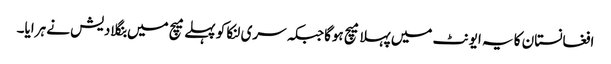
افغانستان کا یہ ایونٹ میں پہلا میچ ہوگاجبکہ سری لنکا کو پہلے میچ میں بنگلادیش نے ہرایا۔